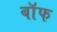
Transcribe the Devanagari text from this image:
बाॅफ